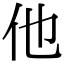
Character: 他